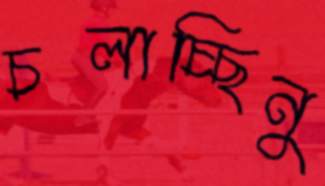
চলাচ্ছিনু